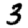
Digit: 3